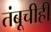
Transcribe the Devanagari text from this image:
तंबूचीही